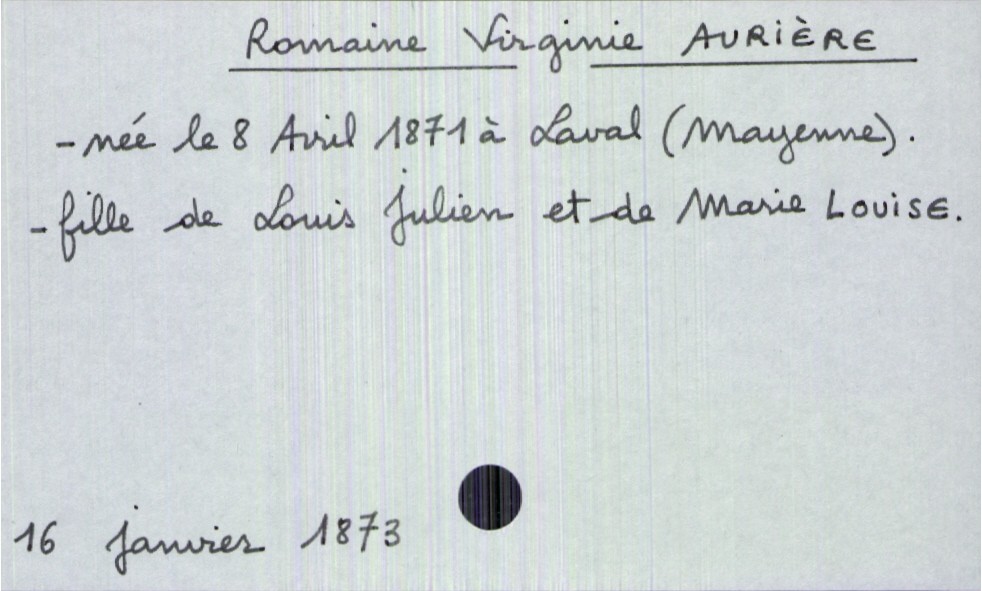
type_acte: Décès
année: 1873
mois: janvier
jour: 16
défunt_nom: Aurière
défunt_prénom: Romaine Virginie
défunt_sexe: F
défunt_date_de_naissance: 8 avril 1871
défunt_lieu_de_naissance: Laval (Mayenne)
père_défunt_nom: Aurière
père_défunt_prénom: Louis Julien
mère_défunt_nom: Louise
mère_défunt_prénom: Marie